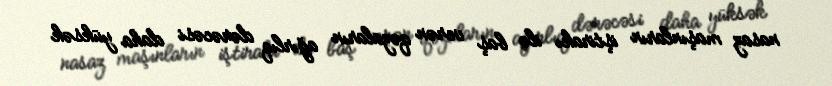
nasaz maşınların iştirakı ilə baş verən qəzaların ağırlıq dərəcəsi daha yüksək